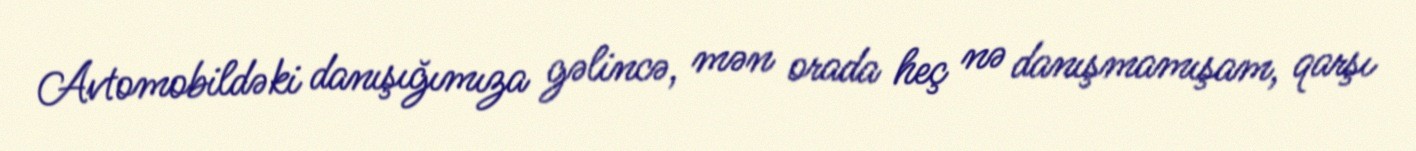
Avtomobildəki danışığımıza gəlincə, mən orada heç nə danışmamışam, qarşı